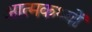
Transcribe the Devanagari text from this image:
आत्मकथ्यों